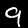
Label: 9